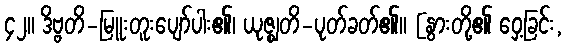
၄၂။ ဒိဗ္ဗတိ-မြူးတူးပျော်ပါး၏၊ ယုဇ္ဈတိ-ပုတ်ခတ်၏။ [နွားတို့၏ ဝှေ့ခြင်း,